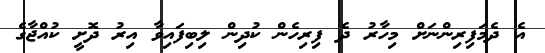
އެ ދެމަފިރިންނަށް މިހާރު ދެ ފިރިހެން ކުދިން ލިބިފައިވާ އިރު ދޮށީ ކުއްޖާގެ